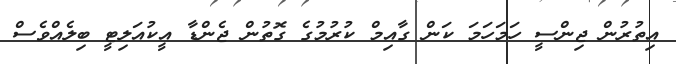
އިތުރުން ޖިންސީ ހަމަހަމަ ކަން ގާއިމް ކުރުމުގެ ގޮތުން ޖެންޑާ އީކުއަލިޓީ ބިލެއްވެސް